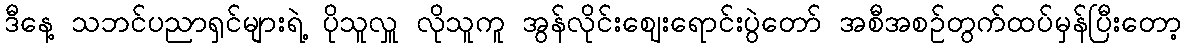
ဒီနေ့ သဘင်ပညာရှင်များရဲ့ ပိုသူလှူ လိုသူကူ အွန်လိုင်းဈေးရောင်းပွဲတော် အစီအစဉ်တွက်ထပ်မှန်ပြီးတော့